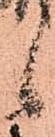
候